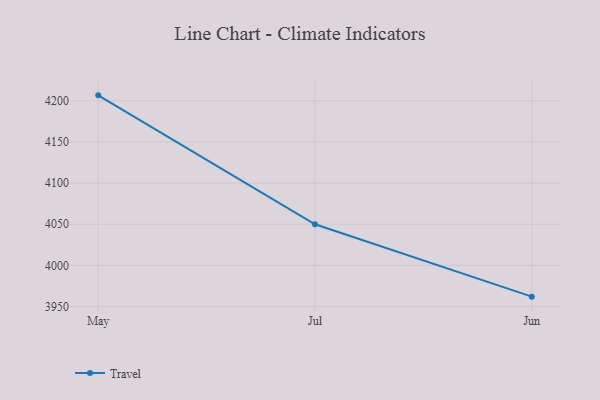
{"axis": {"x": "Month", "y": "Customer Acquisition Cost (USD)"}, "legend": ["Travel"], "data": [{"x": "May", "y": 4206.7, "type": "Travel"}, {"x": "Jul", "y": 4049.9, "type": "Travel"}, {"x": "Jun", "y": 3961.9, "type": "Travel"}]}